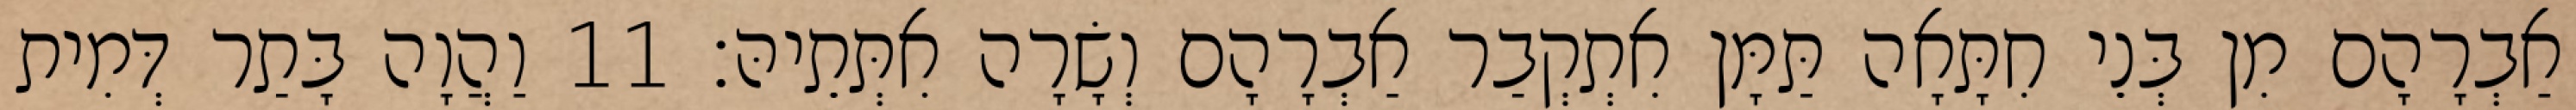
אַבְרָהָם מִן בְּנֵי חִתָּאָה תַּמָּן אִתְקְבַר אַבְרָהָם וְשָׂרָה אִתְּתֵיהּ׃ 11 וַהֲוָה בָּתַר דְּמִית